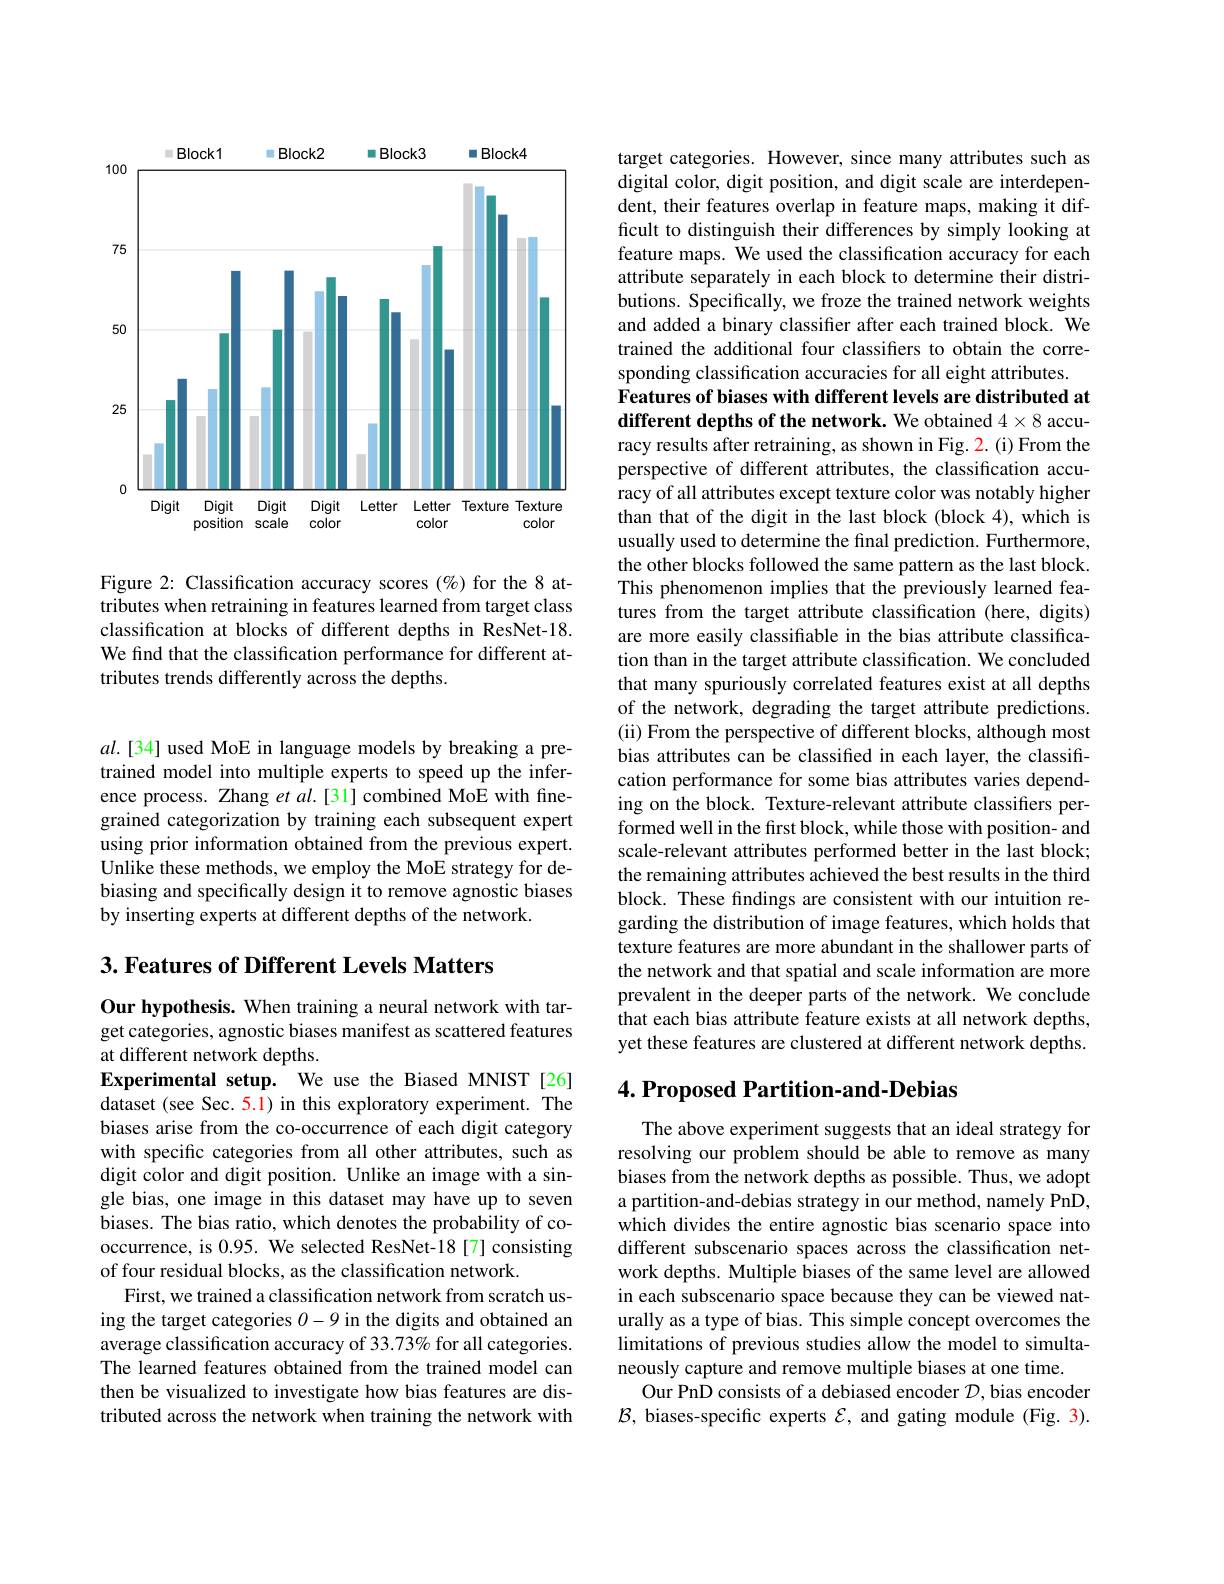
<FigureHere>

Figure 2: Classification accuracy scores $(\%)$ for the 8 attributes when retraining in features learned from target class classification at blocks of different depths in ResNet-18. We find that the classification performance for different attributes trends differently across the depths.

$al.[34]$ used MoE in language models by breaking a pretrained model into multiple experts to speed up the inference process. Zhang et $al.[31]$ combined MoE with finegrained categorization by training each subsequent expert using prior information obtained from the previous expert. Unlike these methods, we employ the MoE strategy for debiasing and specifically design it to remove agnostic biases by inserting experts at different depths of the network.

$3. \textbf{Features of Different Levels Matters}$

Our hypothesis. When training a neural network with target categories, agnostic biases manifest as scattered features at different network depths.
Experimental setup. We use the Biased MNIST[26] dataset (see Sec. 5.1) in this exploratory experiment. The biases arise from the co-occurrence of each digit category with specific categories from all other attributes, such as digit color and digit position. Unlike an image with a single bias, one image in this dataset may have up to seven biases. The bias ratio, which denotes the probability of cooccurrence, is 0.95. We selected ResNet-18[7] consisting of four residual blocks, as the classification network.
First, we trained a classification network from scratch using the target categories 0-9 in the digits and obtained an average classification accuracy of 33.73% for all categories. The learned features obtained from the trained model can then be visualized to investigate how bias features are distributed across the network when training the network with

target categories. However, since many attributes such as digital color, digit position, and digit scale are interdependent, their features overlap in feature maps, making it difficult to distinguish their differences by simply looking at feature maps. We used the classification accuracy for each attribute separately in each block to determine their distributions. Specifically, we froze the trained network weights and added a binary classifier after each trained block. We trained the additional four classifiers to obtain the corresponding classification accuracies for all eight attributes.
Features of biases with different levels are distributed at different depths of the network. We obtained 4×8 accuracy results after retraining, as shown in Fig. 2. (i) From the perspective of different attributes, the classification accuracy of all attributes except texture color was notably higher than that of the digit in the last block (block 4), which is usually used to determine the final prediction. Furthermore, the other blocks followed the same pattern as the last block. This phenomenon implies that the previously learned features from the target attribute classification (here, digits) are more easily classifiable in the bias attribute classification than in the target attribute classification. We concluded that many spuriously correlated features exist at all depths of the network, degrading the target attribute predictions. (ii) From the perspective of different blocks, although most bias attributes can be classified in each layer, the classification performance for some bias attributes varies depending on the block. Texture-relevant attribute classifiers performed well in the first block, while those with position- and scale-relevant attributes performed better in the last block; the remaining attributes achieved the best results in the third block. These findings are consistent with our intuition regarding the distribution of image features, which holds that texture features are more abundant in the shallower parts of the network and that spatial and scale information are more prevalent in the deeper parts of the network. We conclude that each bias attribute feature exists at all network depths, yet these features are clustered at different network depths.

## $4. \textbf{Proposed Partition- and- Debias}$

The above experiment suggests that an ideal strategy for resolving our problem should be able to remove as many biases from the network depths as possible. Thus, we adopt a partition-and-debias strategy in our method, namely PnD, which divides the entire agnostic bias scenario space into different subscenario spaces across the classification network depths. Multiple biases of the same level are allowed in each subscenario space because they can be viewed naturally as a type of bias. This simple concept overcomes the limitations of previous studies allow the model to simultaneously capture and remove multiple biases at one time.
Our PnD consists of a debiased encoder $\mathcal{D}$,bias encoder $\mathcal{B}$, biases-specific experts $\mathcal{E}$, and gating module (Fig. 3).